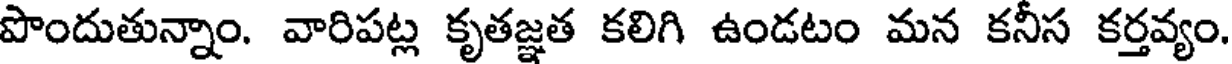
పొందుతున్నాం. వారిపట్ల కృతజ్ఞత కలిగి ఉండటం మన కనీస కర్తవ్యం